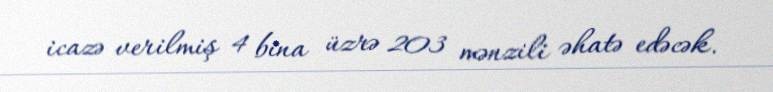
icazə verilmiş 4 bina üzrə 203 mənzili əhatə edəcək.